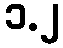
၁.၂